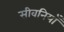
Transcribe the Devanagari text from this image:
सीवनियाँ